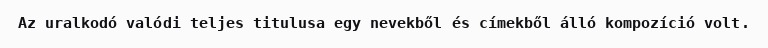
Az uralkodó valódi teljes titulusa egy nevekből és címekből álló kompozíció volt.